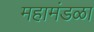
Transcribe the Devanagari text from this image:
महामंडळा